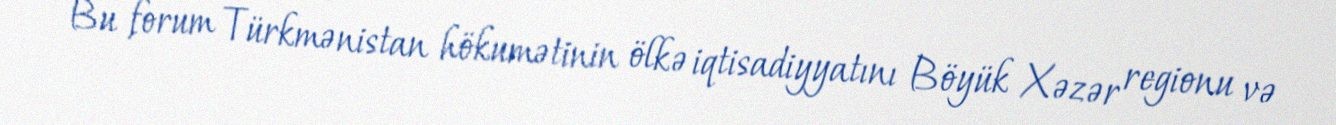
- Bu forum Türkmənistan hökumətinin ölkə iqtisadiyyatını Böyük Xəzər regionu və